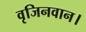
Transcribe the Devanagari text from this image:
वृजिनवान।